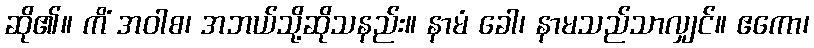
ဆို၏။ ကိံ အဝါစ၊ အဘယ်သို့ဆိုသနည်း။ နာမံ ခေါ၊ နာမသည်သာလျှင်။ ဧကော၊